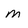
Character: m